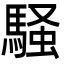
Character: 騒